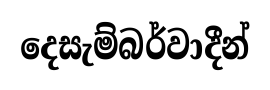
දෙසැම්බර්වාදීන්